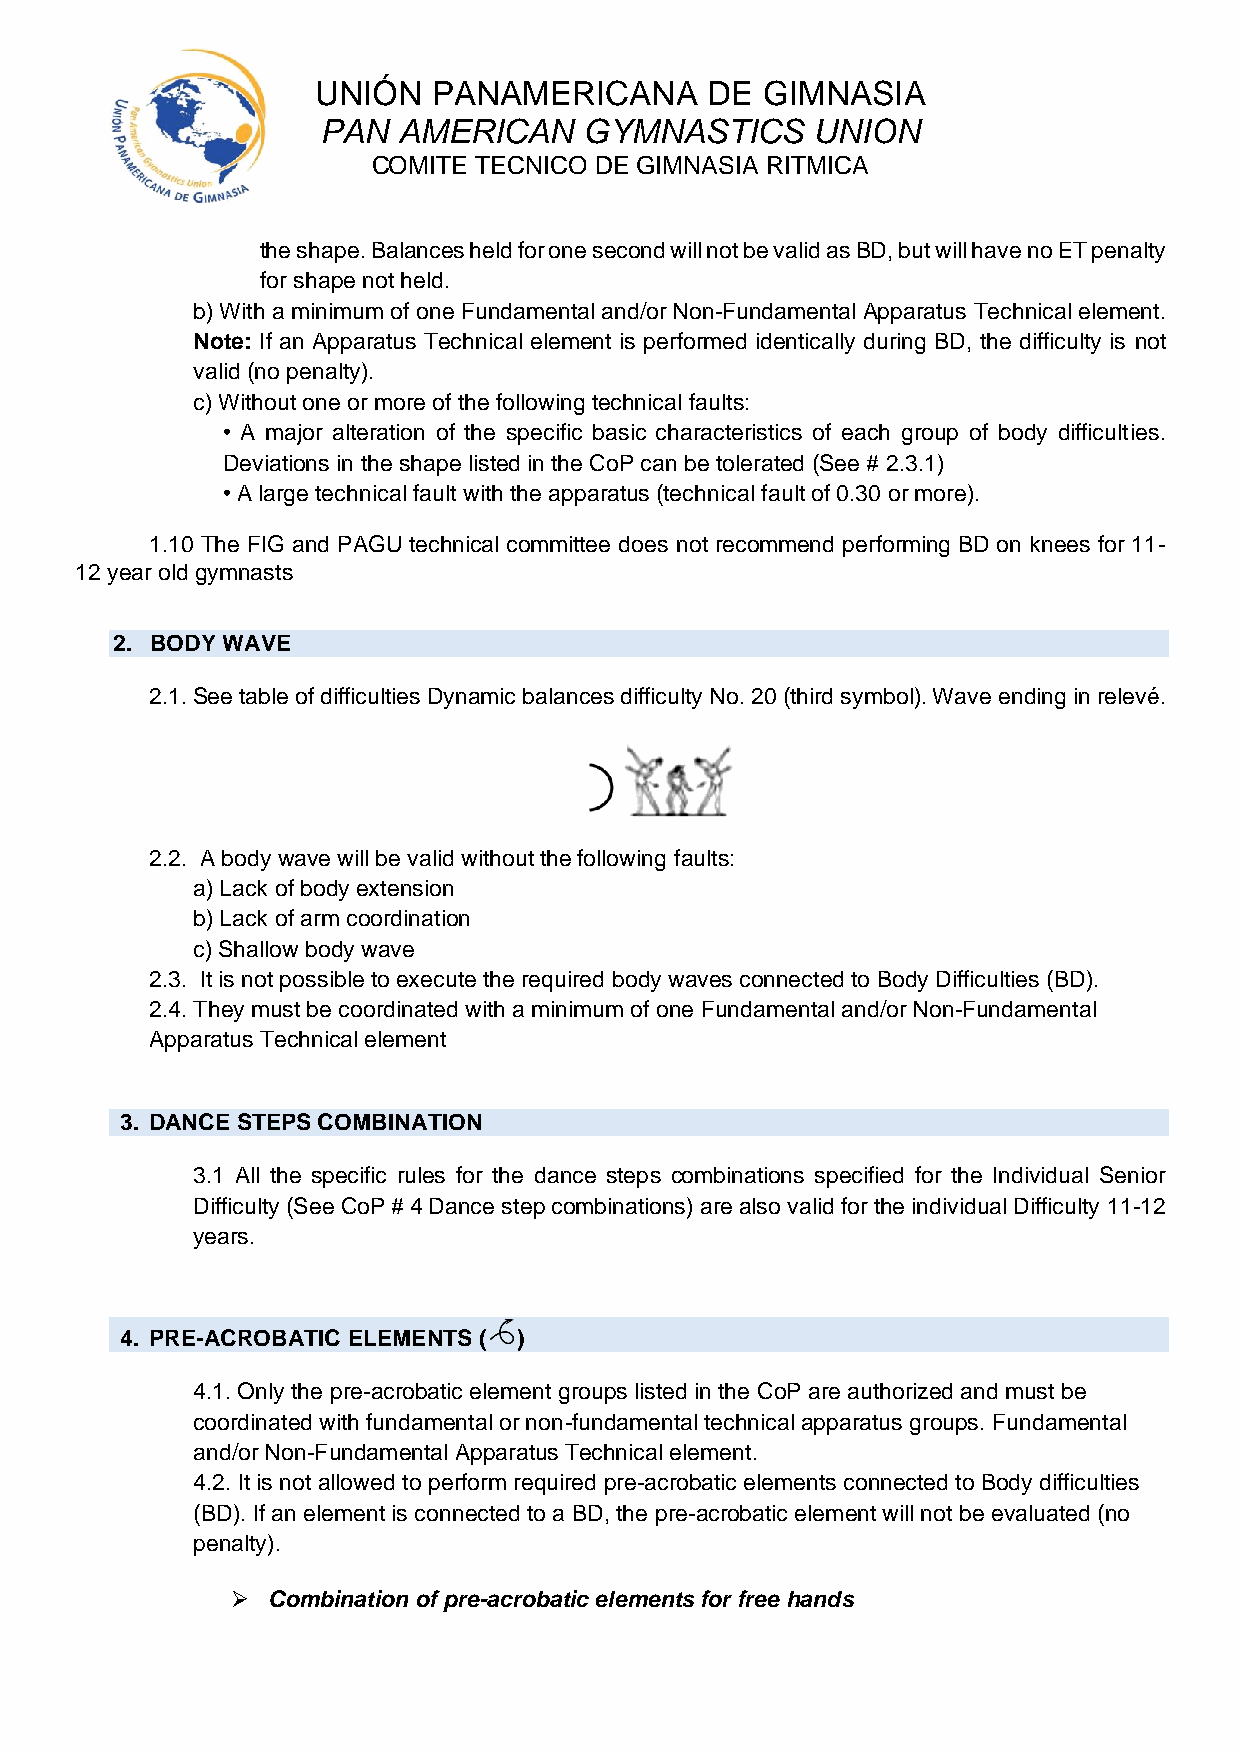
UNIÓN   PANAMERICANA      DE GIMNASIA
 PAN  AMERICAN     GYMNASTICS     UNION
 COMITE TECNICO DE GIMNASIA RITMICA
 the shape. Balances held for one second will not be valid as BD, but will have no ET penalty
 for shape not held.
 b) With a minimum of one Fundamental and/or Non-Fundamental Apparatus Technical element.
 Note: If an Apparatus Technical element is performed identically during BD, the difficulty is not
 valid (no penalty).
 c) Without one or more of the following technical faults:
 • A major alteration of the specific basic characteristics of each group of body difficulties.
 Deviations in the shape listed in the CoP can be tolerated (See # 2.3.1)
 • A large technical fault with the apparatus (technical fault of 0.30 or more).
 1.10 The FIG and PAGU technical committee does not recommend performing BD on knees for 11-
 12 year old gymnasts
 2. BODY WAVE
 2.1. See table of difficulties Dynamic balances difficulty No. 20 (third symbol). Wave ending in relevé.
 2.2. A body wave will be valid without the following faults:
 a) Lack of body extension
 b) Lack of arm coordination
 c) Shallow body wave
 2.3. It is not possible to execute the required body waves connected to Body Difficulties (BD).
 2.4. They must be coordinated with a minimum of one Fundamental and/or Non-Fundamental
 Apparatus Technical element
 3. DANCE STEPS COMBINATION
 3.1 All the specific rules for the dance steps combinations specified for the Individual Senior
 Difficulty (See CoP # 4 Dance step combinations) are also valid for the individual Difficulty 11-12
 years.
 4. PRE-ACROBATIC ELEMENTS ( )
 4.1. Only the pre-acrobatic element groups listed in the CoP are authorized and must be
 coordinated with fundamental or non-fundamental technical apparatus groups. Fundamental
 and/or Non-Fundamental Apparatus Technical element.
 4.2. It is not allowed to perform required pre-acrobatic elements connected to Body difficulties
 (BD). If an element is connected to a BD, the pre-acrobatic element will not be evaluated (no
 penalty).
 ➢  Combination of pre-acrobatic elements for free hands